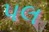
પલ